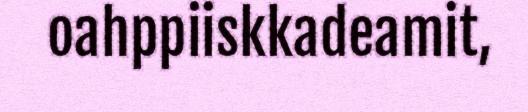
oahppiiskkadeamit,